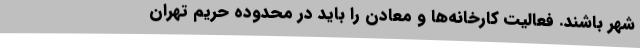
شهر باشند. فعالیت کارخانه‌ها و معادن را باید در محدوده حریم تهران